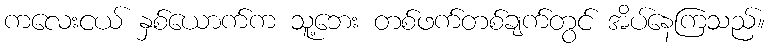
ကလေးငယ် နှစ်ယောက်က သူ့ဘေး တစ်ဖက်တစ်ချက်တွင် အိပ်နေကြသည်။